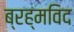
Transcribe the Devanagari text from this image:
ब्रह्मविद